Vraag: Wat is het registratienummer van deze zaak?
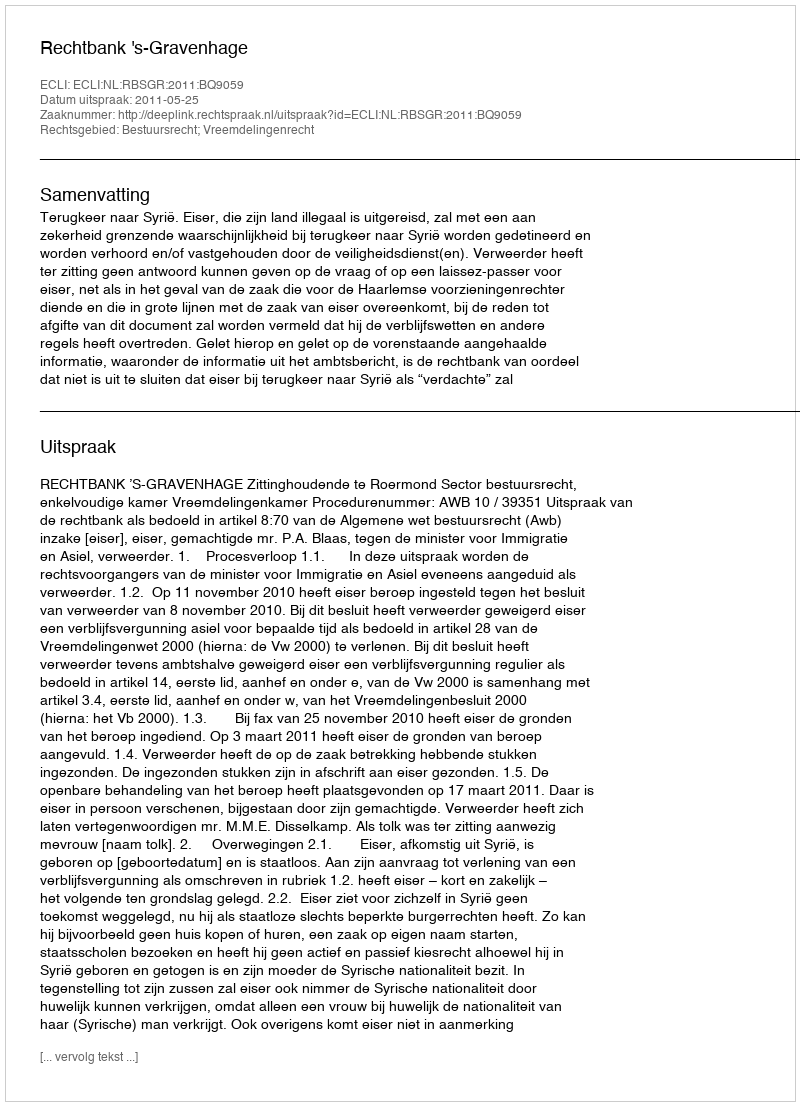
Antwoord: http://deeplink.rechtspraak.nl/uitspraak?id=ECLI:NL:RBSGR:2011:BQ9059